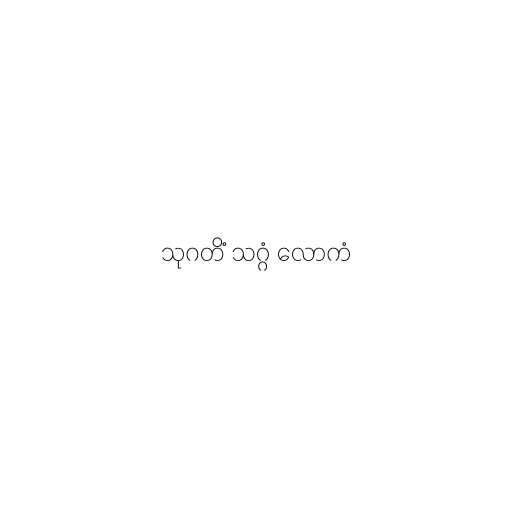
သုဂတိံ သဂ္ဂံ လောကံ